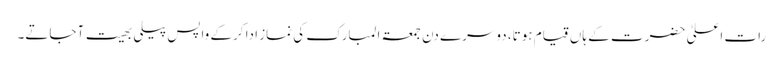
رات اعلیٰ حضرت کے ہاں قیام ہوتا، دوسرے دن جمعۃ المبارک کی نماز ادا کرکے واپس پیلی بھیت آجاتے۔